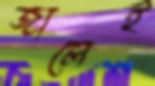
জালেই